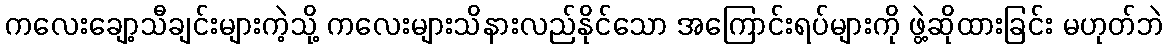
ကလေးချော့သီချင်းများကဲ့သို့ ကလေးများသိနားလည်နိုင်သော အကြောင်းရပ်များကို ဖွဲ့ဆိုထားခြင်း မဟုတ်ဘဲ